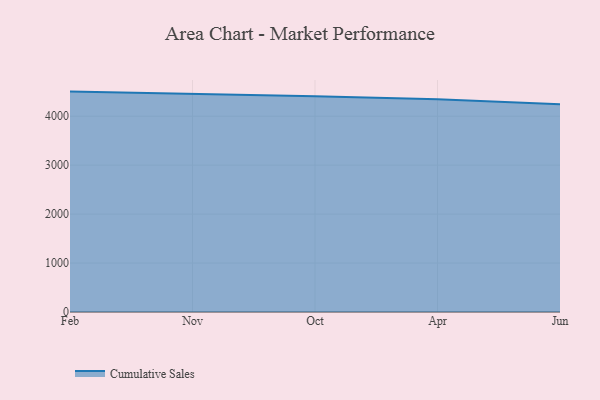
{"axis": {"x": "Month", "y": "Active Users"}, "legend": ["Cumulative Sales"], "data": [{"x": "Feb", "y": 4502.8, "type": "Cumulative Sales"}, {"x": "Nov", "y": 4460.1, "type": "Cumulative Sales"}, {"x": "Oct", "y": 4407.7, "type": "Cumulative Sales"}, {"x": "Apr", "y": 4347.0, "type": "Cumulative Sales"}, {"x": "Jun", "y": 4244.9, "type": "Cumulative Sales"}]}